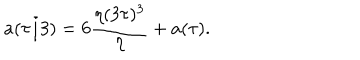
a ( \tau / 3 ) = 6 { \frac { \eta ( 3 \tau ) ^ { 3 } } { \eta } } + a ( \tau ) .